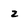
Character: Z